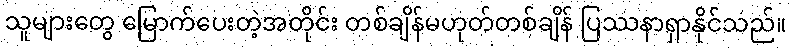
သူများတွေ မြောက်ပေးတဲ့အတိုင်း တစ်ချိန်မဟုတ်တစ်ချိန် ပြဿနာရှာနိုင်သည်။